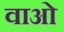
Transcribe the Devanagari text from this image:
वाओ